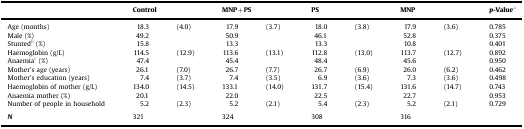
<table><thead><tr><td></td><td colspan="2"><b>Control</b></td><td colspan="2"><b>MNP+PS</b></td><td colspan="2"><b>PS</b></td><td colspan="2"><b>MNP</b></td><td><b><i>p</i>-Valuea</b></td></tr></thead><tbody><tr><td>Age (months)</td><td>18.3</td><td>(4.0)</td><td>17.9</td><td>(3.7)</td><td>18.0</td><td>(3.8)</td><td>17.9</td><td>(3.6)</td><td>0.785</td></tr><tr><td>Male (%)</td><td>49.2</td><td></td><td>50.9</td><td></td><td>46.1</td><td></td><td>52.8</td><td></td><td>0.375</td></tr><tr><td>Stuntedb (%)</td><td>15.8</td><td></td><td>13.3</td><td></td><td>13.3</td><td></td><td>10.8</td><td></td><td>0.401</td></tr><tr><td>Haemoglobin (g/L)</td><td>114.5</td><td>(12.9)</td><td>113.6</td><td>(13.1)</td><td>112.8</td><td>(13.0)</td><td>113.7</td><td>(12.7)</td><td>0.892</td></tr><tr><td>Anaemiac (%)</td><td>47.4</td><td></td><td>45.4</td><td></td><td>48.4</td><td></td><td>45.6</td><td></td><td>0.950</td></tr><tr><td>Mother’s age (years)</td><td>26.1</td><td>(7.0)</td><td>26.7</td><td>(7.7)</td><td>26.7</td><td>(6.9)</td><td>26.0</td><td>(6.2)</td><td>0.462</td></tr><tr><td>Mother’s education (years)</td><td>7.4</td><td>(3.7)</td><td>7.4</td><td>(3.5)</td><td>6.9</td><td>(3.6)</td><td>7.3</td><td>(3.6)</td><td>0.498</td></tr><tr><td>Haemoglobin of mother (g/L)</td><td>134.0</td><td>(14.5)</td><td>133.1</td><td>(14.0)</td><td>131.7</td><td>(15.4)</td><td>131.6</td><td>(14.7)</td><td>0.743</td></tr><tr><td>Anaemia mother (%)</td><td>20.1</td><td></td><td>22.0</td><td></td><td>22.5</td><td></td><td>22.7</td><td></td><td>0.953</td></tr><tr><td>Number of people in household</td><td>5.2</td><td>(2.3)</td><td>5.2</td><td>(2.1)</td><td>5.4</td><td>(2.3)</td><td>5.2</td><td>(2.1)</td><td>0.729</td></tr><tr><td colspan="10">  </td></tr><tr><td><i><b>N</b></i></td><td colspan="2">321</td><td colspan="2">324</td><td colspan="2">308</td><td colspan="2">316</td><td></td></tr></tbody></table>